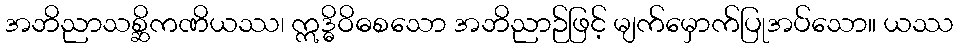
အဘိညာသစ္ဆိကဏိယဿ၊ ဣဒ္ဓိဝိဓစသော အဘိညာဉ်ဖြင့် မျက်မှောက်ပြုအပ်သော။ ယဿ